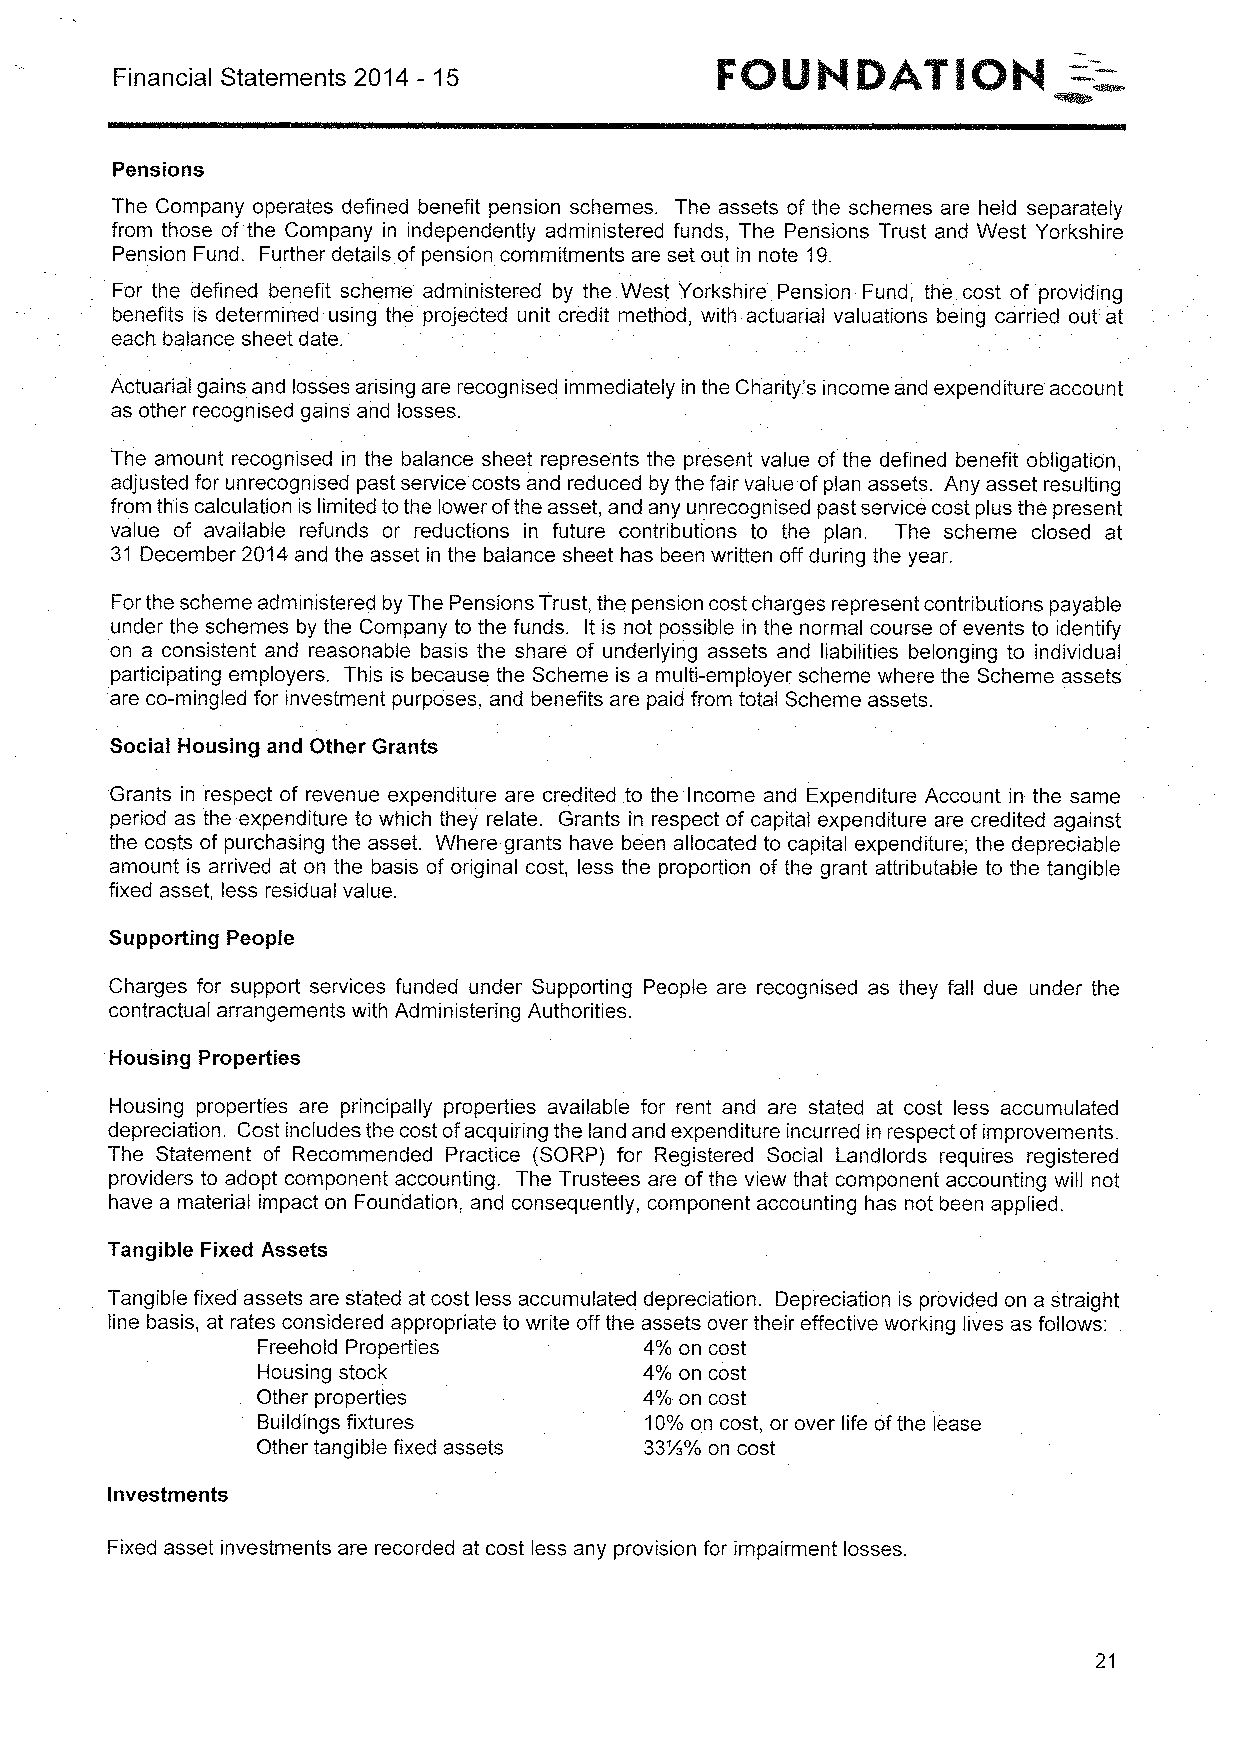
Financial Statements 2014 —15
 Pensions
 The Company operates defined benefit pension schemes. The assets of the schemes are held separately
 from those of the Company in independently administered funds, The Pensions Trust and West Yorkshire
 Pension Fund. Further details of pension commitments are set out in note 19.
 For the defined benefit scheme administered by the West Yorkshire Pension Fund, the cost of providing
 benefits is determined using the projected unit credit method, with actuarial valuations being carried out at
 each balance sheet date.
 Actuarial gains and losses arising are recognised immediately in the Charity's income and expenditure account
 as other recognised gains and losses.
 The amount recognised in the balance sheet represents the present value of the defined benefit obligation,
 adjusted for unrecognised past service costs and reduced by the fair value ofplan assets. Any asset resulting
 from this calculation is limited tothe lower ofthe asset, and any unrecognised past service cost plus the present
 value of available refunds or reductions in future contributions to the plan. The scheme closed at
 31 December 2014and the asset in the balance sheet has been written off during the year.
 Forthe scheme administered by The Pensions Trust, the pension cost charges represent contributions payable
 under the schemes by the Company to the funds. It is not possible in the normal course of events to identify
 on a consistent and reasonable basis the share of underlying assets and liabilities belonging to individual
 participating employers. This is because the Scheme is a multi-employer scheme where the Scheme assets
 are co-mingled for investment purposes, and benefits are paid from total Scheme assets.
 Social Housing and Other Grants
 Grants in respect of revenue expenditure are credited to the Income and Expenditure Account in the same
 period as the expenditure to which they relate. Grants in respect of capital expenditure are credited against
 the costs of purchasing the asset. Where grants have been allocated to capital expenditure; the depreciable
 amount is arrived at on the basis of original cost, less the proportion of the grant attributable to the tangible
 fixed asset, less residual value.
 Supporting People
 Charges for support services funded under Supporting People are recognised as they fall due under the
 contractual arrangements with Administering Authorities.
 Housing Properties
 Housing properties are principally properties available for rent and are stated at cost less accumulated
 depreciation. Cost includes the cost ofacquiring the land and expenditure incurred in respect ofimprovements.
 The Statement of Recommended Practice (SORP) for Registered Social Landlords requires registered
 providers to adopt component accounting. The Trustees are of the view that component accounting will not
 have a material impact on Foundation, and consequently, component accounting has not been applied.
 Tangible Fixed Assets
 Tangible fixed assets are stated at cost less accumulated depreciation. Depreciation is provided on a straight
 line basis, at rates considered appropriate to write off the assets over their effective working lives as follows:
 Freehold Properties       4% on cost
 Housing stock             4% on cost
 Other properties          4% on cost
 Buildings fixtures        10%on cost, or over life ofthe lease
 Other tangible fixed assets 33N% on cost
 Investments
 Fixed asset investments are recorded at cost less any provision for impairment losses.
 21